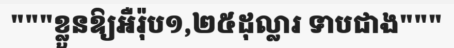
"""ខ្លួនឱ្យអឺរ៉ុប១,២៥ដុល្លារ ទាបជាង"""